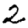
Digit: 2